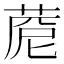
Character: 𦴓